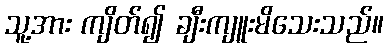
သူ့အား ကျိတ်၍ ချီးကျူးမိသေးသည်။